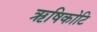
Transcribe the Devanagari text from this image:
ऋषिकोटि